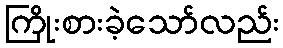
ကြိုးစားခဲ့သော်လည်း